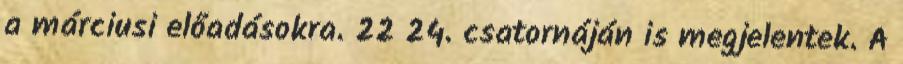
a márciusi előadásokra. 22 24. csatornáján is megjelentek. A